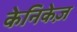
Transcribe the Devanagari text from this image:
केनिकेज़